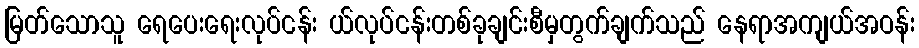
မြတ်သောသူ ရေပေးရေးလုပ်ငန်း ယ်လုပ်ငန်းတစ်ခုချင်းစီမှတွက်ချက်သည် နေရာအကျယ်အဝန်း